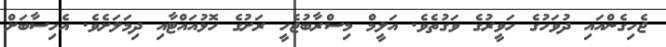
ޖެހިގެންއައި ދުވަހުގެ ހަވީރުގެ ވަގުތެވެ. އަލީމް މިސްރާބުޖެހީ ރަށުގެ ހޮޅުއައްޓާއި ދިމަލަށެވެ. އެހިސާބަށް